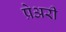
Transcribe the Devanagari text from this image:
प्रेअरी